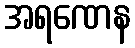
အရဏေန